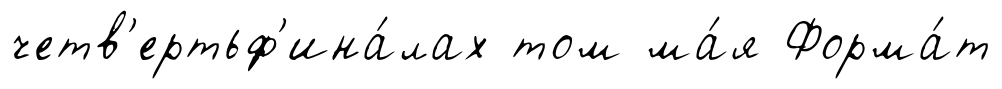
четв'ертьф'ина́лах том ма́я Форма́т